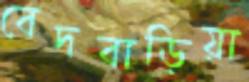
বেদবাড়িয়া